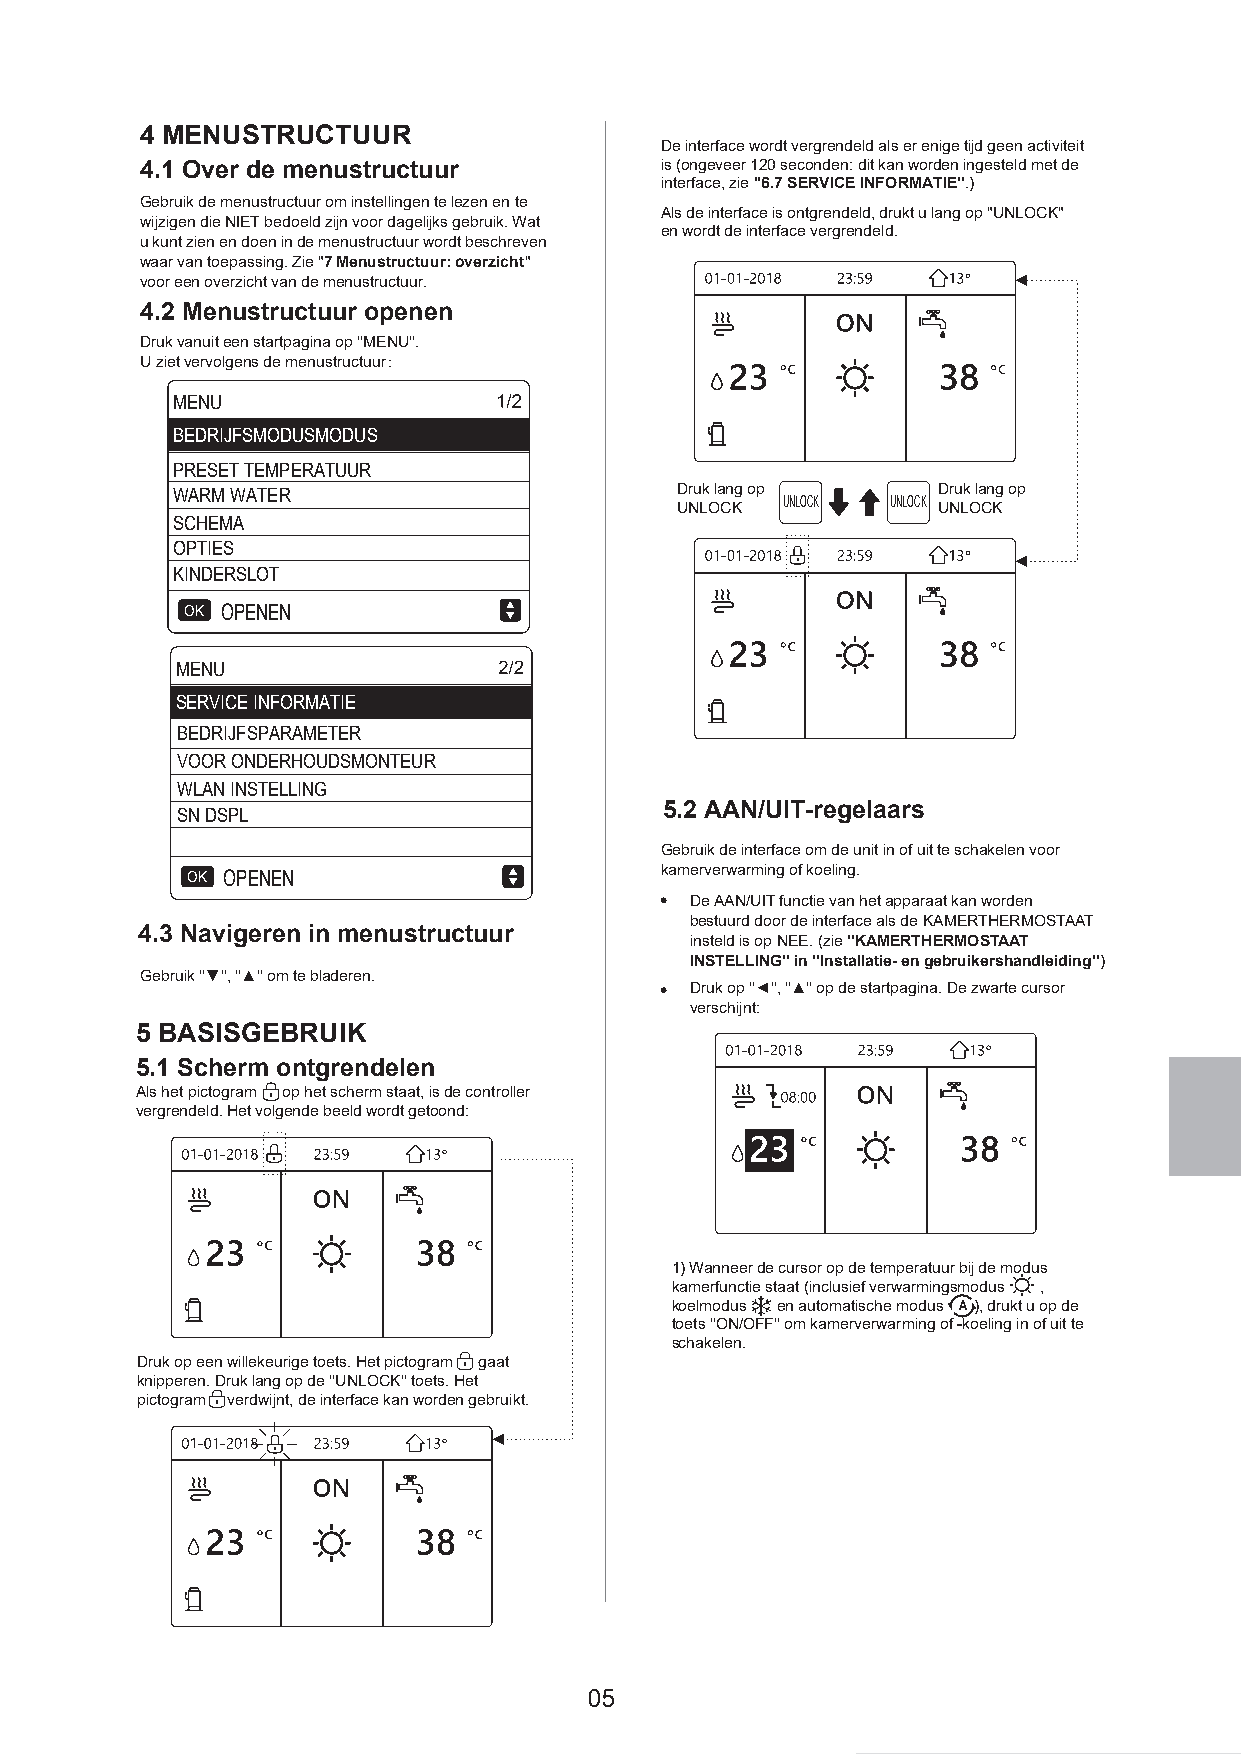
4 MENUSTRUCTUUR
 De interface wordt vergrendeld als er enige tijd geen activiteit
 4.1 Over de menustructuur          is (ongeveer 120 seconden: dit kan worden ingesteld met de
 interface, zie ''6.7 SERVICE INFORMATIE''.)
 Gebruik de menustructuur om instellingen te lezen en te
 Als de interface is ontgrendeld, drukt u lang op "UNLOCK"
 wijzigen die NIET bedoeld zijn voor dagelijks gebruik. Wat
 en wordt de interface vergrendeld.
 u kunt zien en doen in de menustructuur wordt beschreven
 waar van toepassing. Zie "7 Menustructuur: overzicht"
 voor een overzicht van de menustructuur.                  ◄
 4.2 Menustructuur openen
 Druk vanuit een startpagina op ''MENU''.
 U ziet vervolgens de menustructuur：
 MENU
 BEDRIJFSMODUSMODUS
 PRESET TEMPERATUUR
 WARM WATER                        Druk lang op     Druk lang op
 UNLOCK UNLOCK UNLOCK UNLOCK
 SCHEMA
 OPTIES
 ◄
 KINDERSLOT
 OK OPENEN
 MENU
 SERVICE INFORMATIE
 BEDRIJFSPARAMETER
 VOOR ONDERHOUDSMONTEUR
 WLAN INSTELLING
 5.2 AAN/UIT-regelaars
 SN DSPL
 Gebruik de interface om de unit in of uit te schakelen voor
 OK OPENEN                       kamerverwarming of koeling.
 De AAN/UIT functie van het apparaat kan worden
 bestuurd door de interface als de KAMERTHERMOSTAAT
 4.3 Navigeren in menustructuur
 insteld is op NEE. (zie ''KAMERTHERMOSTAAT
 INSTELLING'' in ''Installatie- en gebruikershandleiding'')
 Gebruik ''▼'', ''▲'' om te bladeren.
 Druk op ''◄'', ''▲'' op de startpagina. De zwarte cursor
 verschijnt:
 5 BASISGEBRUIK
 5.1 Scherm ontgrendelen
 Als het pictogram op het scherm staat, is de controller
 vergrendeld. Het volgende beeld wordt getoond:
 1) Wanneer de cursor op de temperatuur bij de modus
 kamerfunctie staat (inclusief verwarmingsmodus ,
 koelmodus en automatische modus A ), drukt u op de
 toets ''ON/OFF'' om kamerverwarming of -koeling in of uit te
 schakelen.
 Druk op een willekeurige toets. Het pictogram gaat
 knipperen. Druk lang op de ''UNLOCK'' toets. Het
 pictogram verdwijnt, de interface kan worden gebruikt.
 ◄